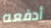
أدفعه